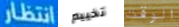
انتظار تخييم الوقت